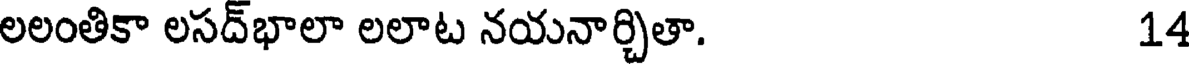
లలంతికా లసద్భాలా లలాట నయనార్చితా. 14